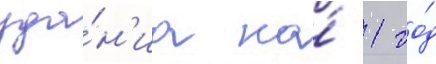
зда́н'иа на́ 1 го́д